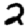
Digit: 2